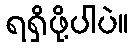
ရရှိဖို့ပါပဲ။